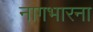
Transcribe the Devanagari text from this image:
नागभारना